Lunatic asylums Central Provinces reports 1895-1909 - 1895-1909
Year: 1895
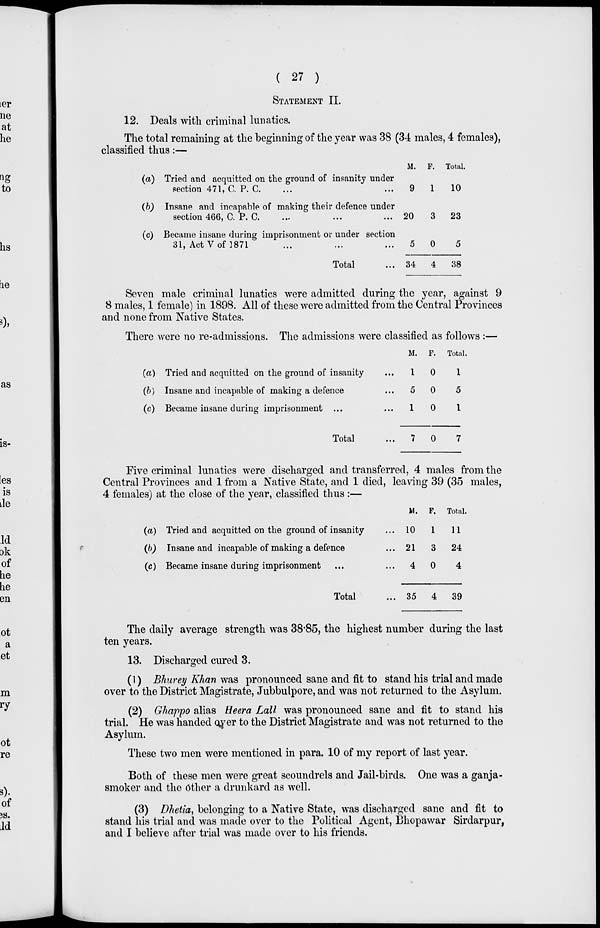
( 27 )
STATEMENT II.
12. Deals with criminal lunatics.
The total remaining at the beginning of the year was 38 (34 males, 4 females),
classified thus:—
(a)
(b)
(c)
Tried and acquitted on the ground of insanity under
section 471, C. P. C. ... ... ...
Insane and incapable of making their defence under
section 466, C. P. C. ... ... ...
Became insane during imprisonment or under section
31, Act V of 1871 ... ... ...
Total ...
M.
9
20
5
34
F.
1
3
0
4
Total.
10
23
5
38
Seven male criminal lunatics were admitted during the year, against 9
8 males, 1 female) in 1898. All of these were admitted from the Central Provinces
and none from Native States.
There were no re-admissions. The admissions were classified as follows :—
(a)
(b)
(c)
Tried and acquitted on the ground of insanity ...
Insane and incapable of making a defence ...
Became insane during imprisonment ...
Total ...
M.
1
5
1
7
F.
0
0
0
0
Total.
1
5
1
7
Five criminal lunatics were discharged and transferred, 4 males from the
Central Provinces and 1 from a Native State, and 1 died, leaving 39 (35 males,
4 females) at the close of the year, classified thus :—
(a)
(b)
(c)
Tried and acquitted on the ground of insanity ...
Insane and incapable of making a defence ...
Became insane during imprisonment ... ...
Total ...
M.
10
21
4
35
P.
1
3
0
4
Total.
11
24
4
39
The daily average strength was 38.85, the highest number during the last
ten years.
13. Discharged cured 3.
(1) Bhurey Khan was pronounced sane and fit to stand his trial and made
over to the District Magistrate, Jubbulpore, and was not returned to the Asylum.
(2) Ghappo alias Heera Lall was pronounced sane and fit to stand his
trial. He was handed over to the District Magistrate and was not returned to the
Asylum.
These two men were mentioned in para. 10 of my report of last year.
Both of these men were great scoundrels and Jail-birds. One was a ganja-
smoker and the other a drunkard as well.
(3) Dhetia, belonging to a Native State, was discharged sane and fit to
stand his trial and was made over to the Political Agent, Bhopawar Sirdarpur,
and I believe after trial was made over to his friends.